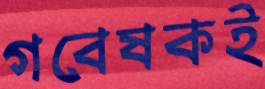
গবেষকই